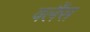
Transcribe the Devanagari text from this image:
वर्लैंस